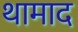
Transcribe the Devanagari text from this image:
थामाद